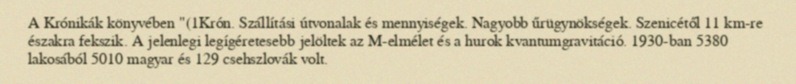
A Krónikák könyvében "(1Krón. Szállítási útvonalak és mennyiségek. Nagyobb űrügynökségek. Szenicétől 11 km-re északra fekszik. A jelenlegi legígéretesebb jelöltek az M-elmélet és a hurok kvantumgravitáció. 1930-ban 5380 lakosából 5010 magyar és 129 csehszlovák volt.